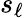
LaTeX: s_{\ell}